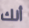
أنك